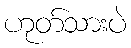
ဟုတ်သားပဲ